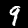
Label: 9